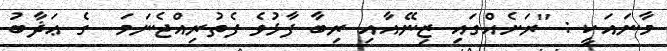
މާނައަކީ : ''ރަށެއްގައި ޒިނޭއާއި ރިބާ ފާޅުވެ ފެތުރިއްޖެނަމަ  ގެ ޢަޛާބު